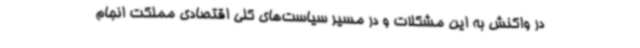
در واکنش به این مشکلات و در مسیر سیاست‌های کلی اقتصادی مملکت انجام